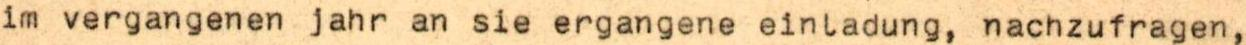
im vergangenen jahr an sie ergangene einladung, nachzufragen,